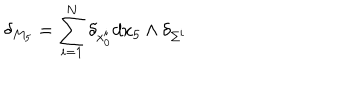
\delta _ { M _ { 5 } } = \sum _ { i = 1 } ^ { N } \delta _ { x _ { 0 } ^ { i } } d x _ { 5 } \wedge \delta _ { \Sigma ^ { i } }